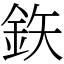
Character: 鉃